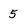
Character: 5